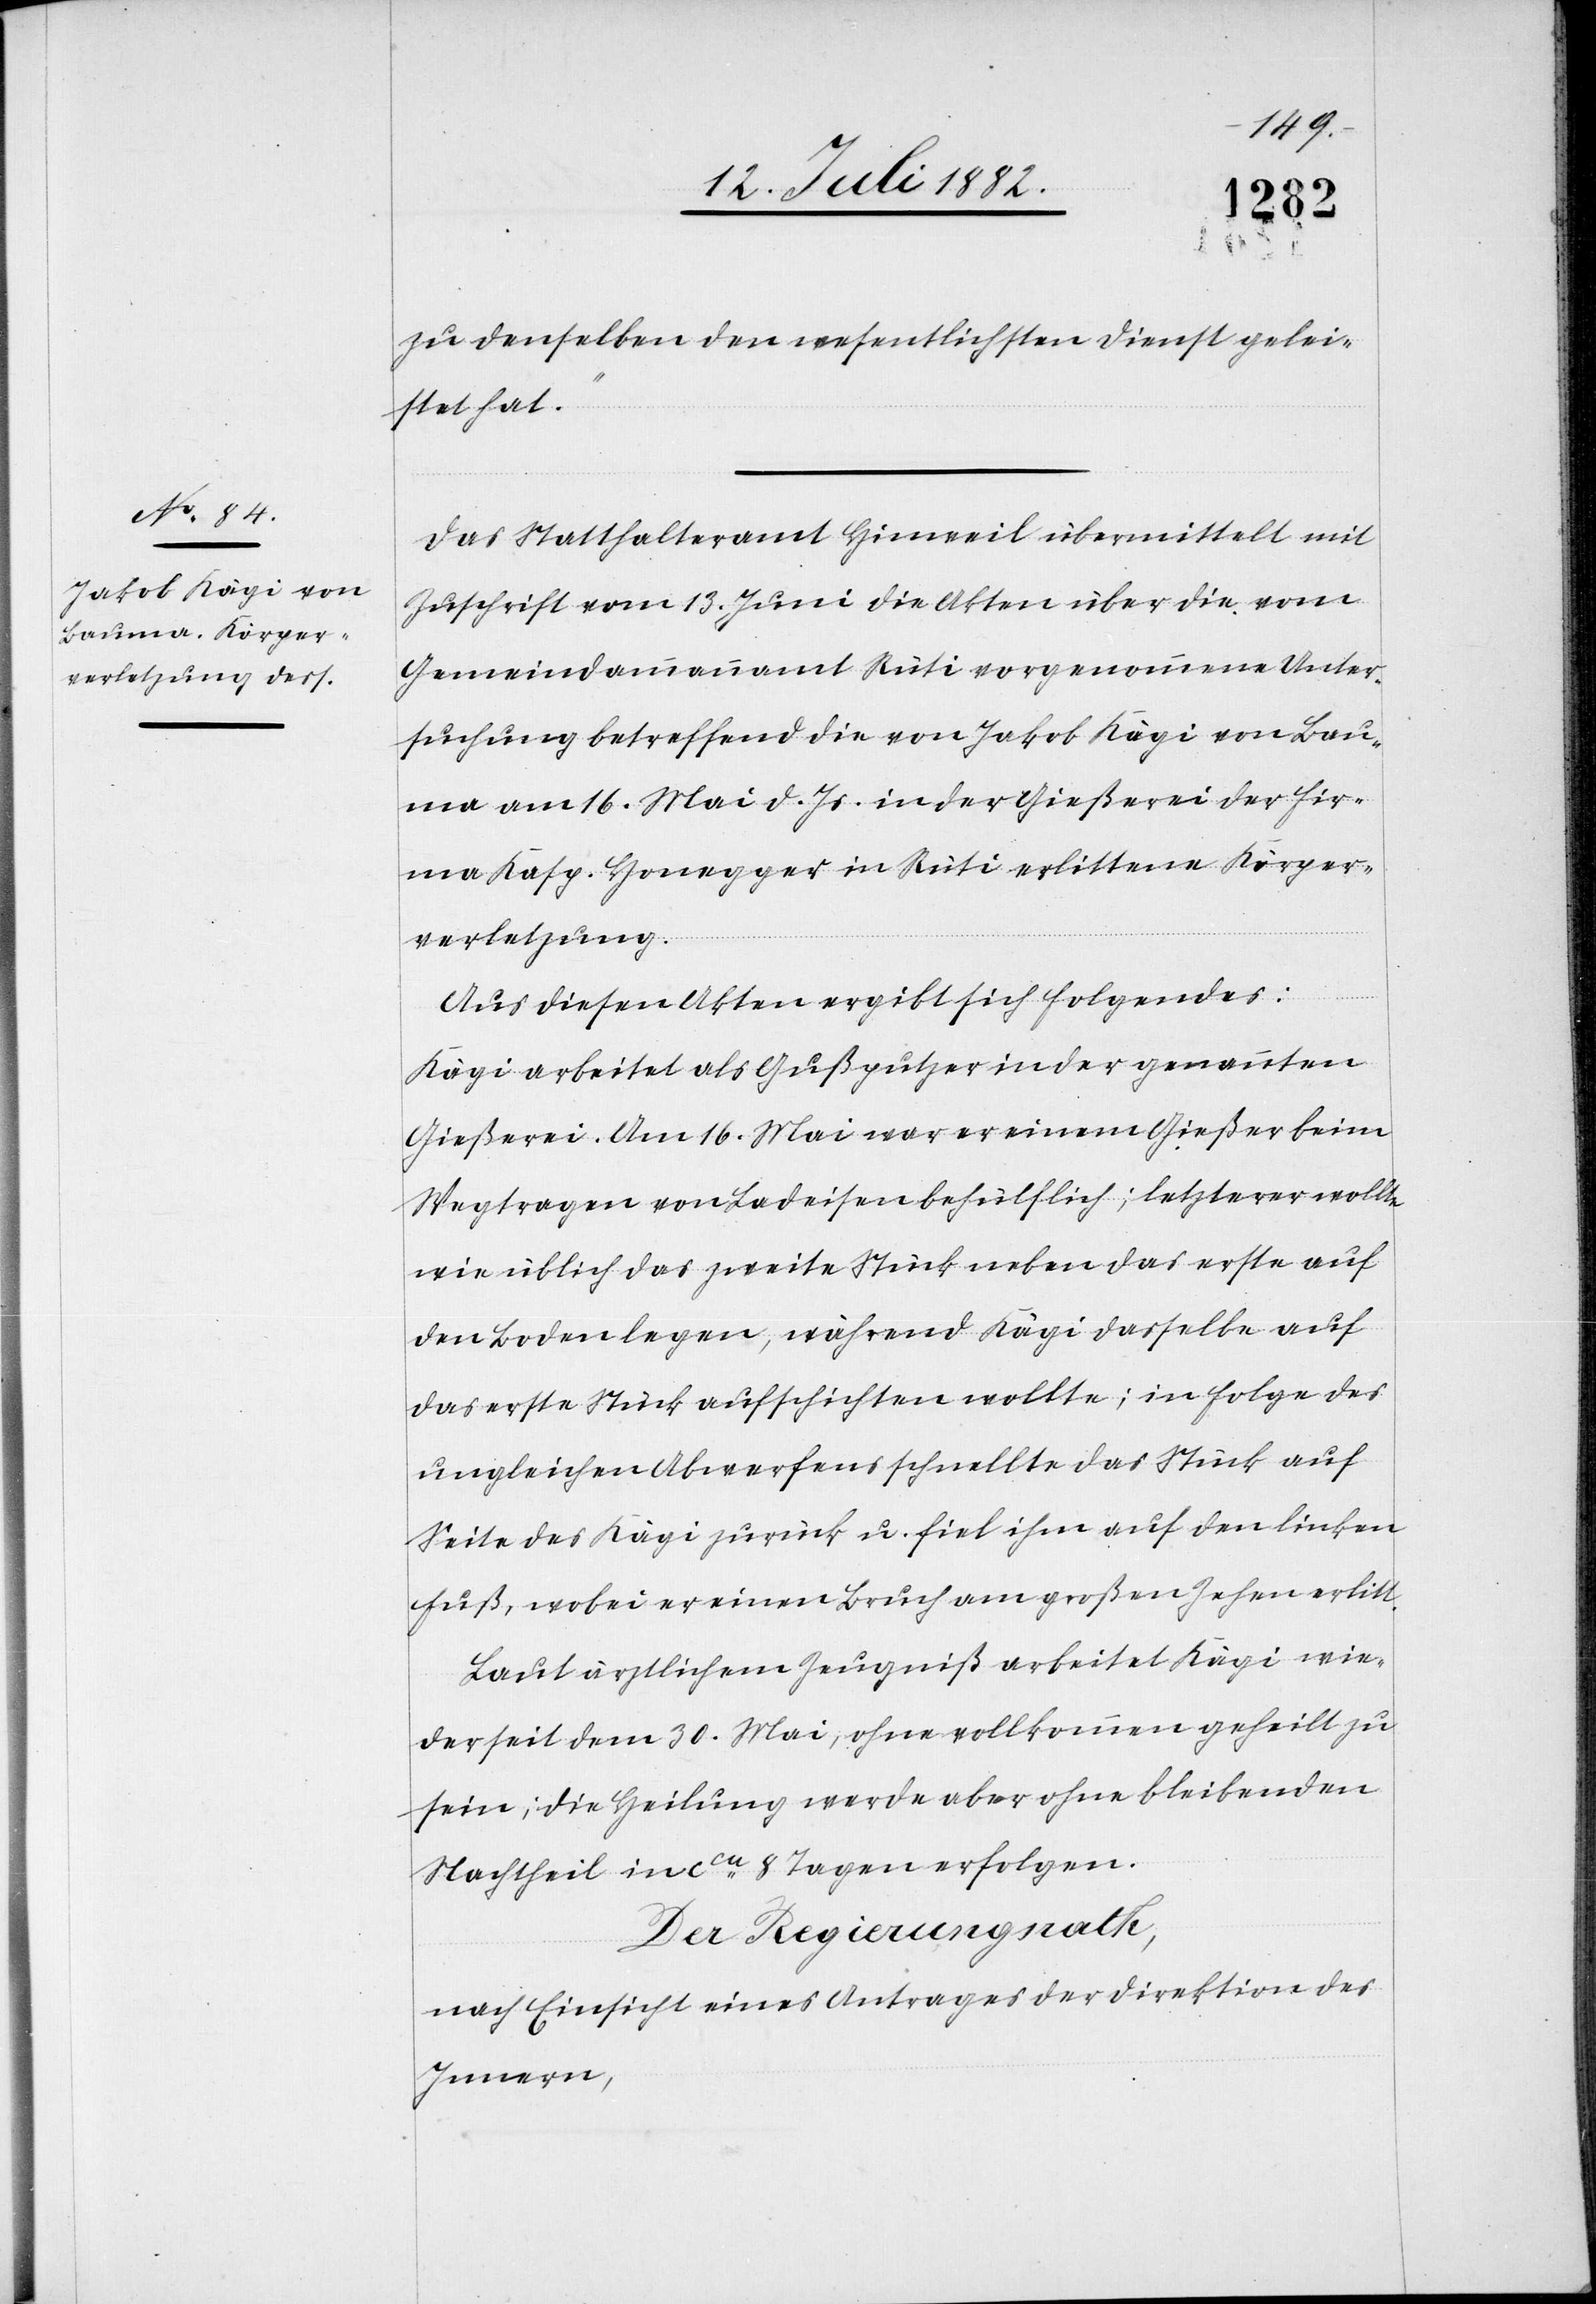
zu denselben den wesentlichen Dienst gelei¬
stet hat.“
Das Statthalteramt Hinweil übermittelt mit
Zuschrift vom 13. Juni die Akten über die vom
Gemeindammannamt Rüti vorgenommene Unter¬
suchung betreffend die von Jakob Kägi von Bau¬
ma am 16. Mai d. Js. in der Gießerei der Fir¬
ma Kasp. Honegger in Rüti erlittene Körper¬
verletzung.
Aus diesen Akten ergibt sich folgendes:
Kägi arbeitet als Gußputzer in der genannten
Gießerei. Am 16. Mai war er einem Gießer beim
Wegtragen von Ladeisen behülflich; letzterer wollte
wie üblich das zweite Stück neben das erste auf
den Boden legen, während Kägi dasselbe auf
das erste Stück aufschichten wollte; in Folge des
ungleichen Abwerfens schnellte das Stück auf
Seite des Kägi zurück u. fiel ihm auf den linken
Fuß, wobei er einen Bruch am großen Zehen erlitt.
Laut ärztlichem Zeugniß arbeitet Kägi wie¬
der seit dem 30. Mai, ohne vollkommen geheilt zu
sein; die Heilung werde aber ohne bleibenden
Nachtheil in ca 8 Tagen erfolgen.
Der Regierungsrath,
nach Einsicht eines Antrages der Direktion des
Innern,